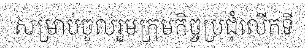
សម្រាប់ចូលរួមក្រុមកិច្ចប្រជុំលើកទី